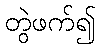
တွဲဖက်၍